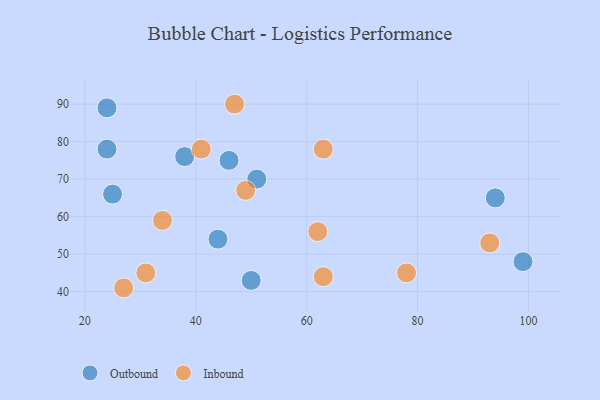
{"axis": {"x": "GDP", "y": "Life Expectancy"}, "legend": ["Inbound", "Outbound"], "data": [{"x": "51", "y": 70, "type": "Outbound"}, {"x": "50", "y": 43, "type": "Outbound"}, {"x": "46", "y": 75, "type": "Outbound"}, {"x": "24", "y": 89, "type": "Outbound"}, {"x": "44", "y": 54, "type": "Outbound"}, {"x": "25", "y": 66, "type": "Outbound"}, {"x": "99", "y": 48, "type": "Outbound"}, {"x": "94", "y": 65, "type": "Outbound"}, {"x": "38", "y": 76, "type": "Outbound"}, {"x": "24", "y": 78, "type": "Outbound"}, {"x": "49", "y": 67, "type": "Inbound"}, {"x": "31", "y": 45, "type": "Inbound"}, {"x": "63", "y": 78, "type": "Inbound"}, {"x": "41", "y": 78, "type": "Inbound"}, {"x": "62", "y": 56, "type": "Inbound"}, {"x": "93", "y": 53, "type": "Inbound"}, {"x": "34", "y": 59, "type": "Inbound"}, {"x": "63", "y": 44, "type": "Inbound"}, {"x": "78", "y": 45, "type": "Inbound"}, {"x": "47", "y": 90, "type": "Inbound"}, {"x": "27", "y": 41, "type": "Inbound"}]}